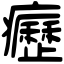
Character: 癧